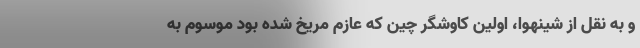
و به نقل از شینهوا، اولین کاوشگر چین که عازم مریخ شده بود موسوم به